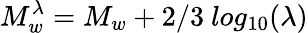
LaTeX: M_{w}^{\lambda}=M_{w}+2/3~log_{10}(\lambda)